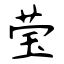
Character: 莹